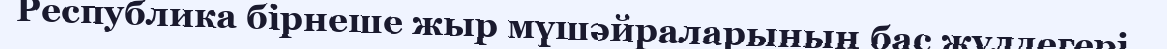
Республика бірнеше жыр мүшәйраларының бас жүлдегері..